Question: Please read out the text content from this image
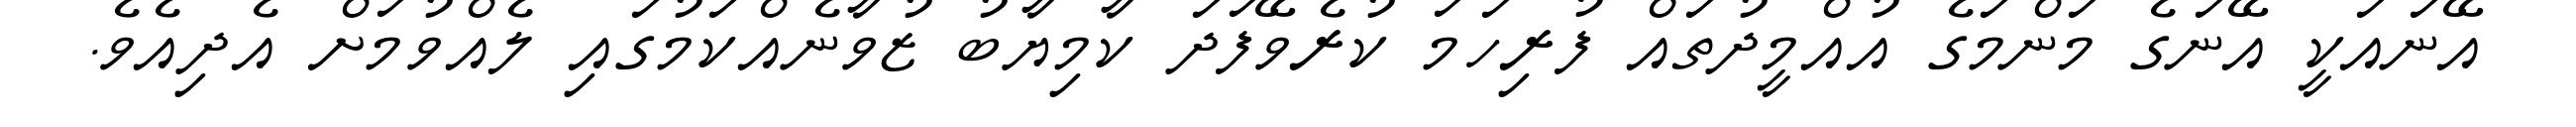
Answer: އޭނައަކީ އޭނަގެ މަންމަގެ އުއްމީދުތައް ފުރިހަމަ ކުރެވޭފަދަ ކާމިޔާބު ޒުވާނެއްކަމުގައި ލެއްވުމަށް އެދިއެވެ.